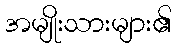
အမျိုးသားများ၏